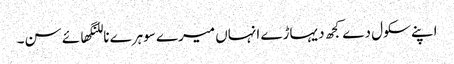
اپنے سکول دے کجھ دیہاڑے انہاں میرے سوہرے ناللنگھائے سن۔